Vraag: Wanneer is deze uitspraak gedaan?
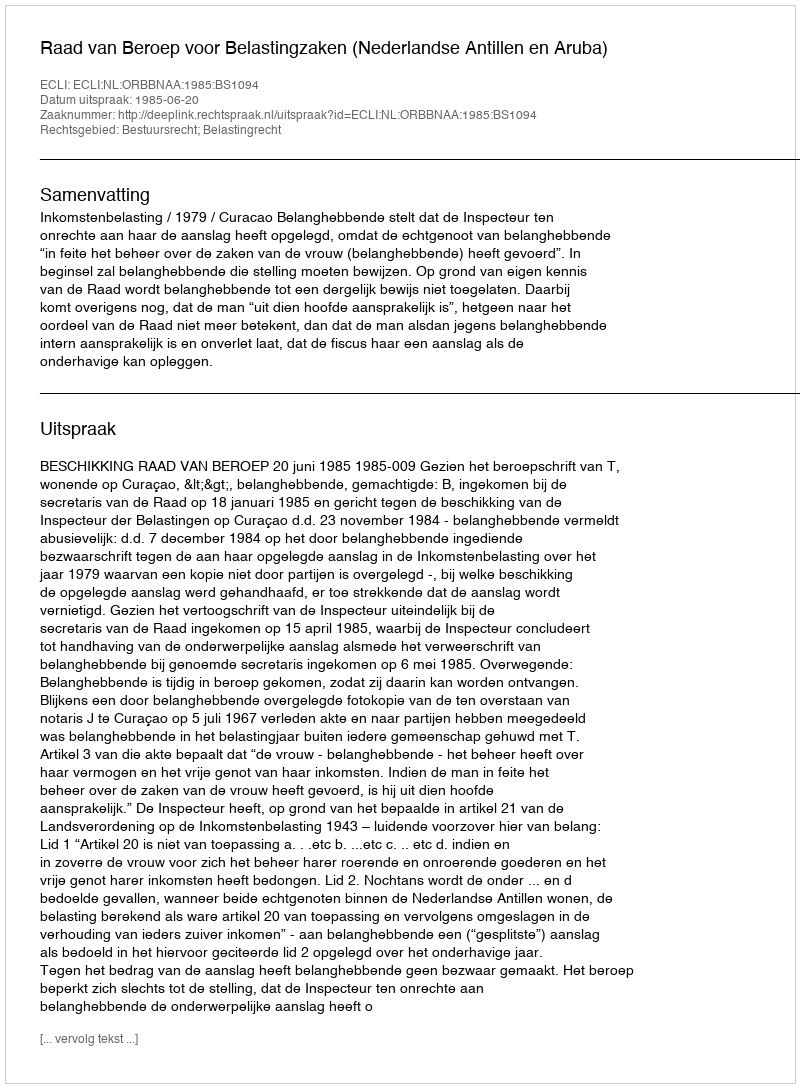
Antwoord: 1985-06-20